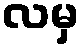
လမှ